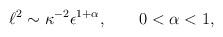
LaTeX: \begin{align*} \ell^{2}\sim \kappa^{-2}\epsilon^{1+\alpha},\qquad 0<\alpha<1,\end{align*}